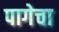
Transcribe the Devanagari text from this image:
पागेचा